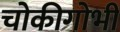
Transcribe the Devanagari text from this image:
चोकीगोभी